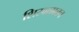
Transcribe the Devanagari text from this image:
शिरवळातच